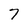
Character: 7